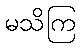
မသိကြ